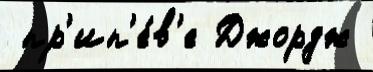
 пр'ип'е́в'е Джордж